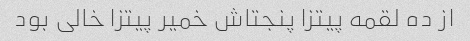
از ده لقمه پیتزا پنجتاش خمیر پیتزا خالی بود